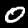
Label: 0